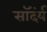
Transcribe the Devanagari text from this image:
सॉदंर्य